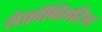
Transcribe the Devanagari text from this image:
सेफ़ॉक्सिटिन